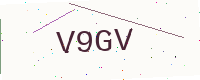
Text: V9GV